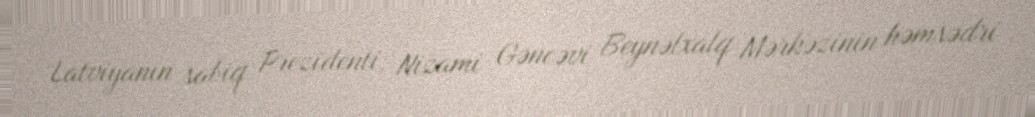
Latviyanın sabiq Prezidenti, Nizami Gəncəvi Beynəlxalq Mərkəzinin həmsədri